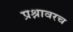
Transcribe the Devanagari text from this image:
प्रश्नावरच